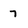
Character: 7